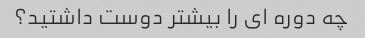
چه دوره ای را بیشتر دوست داشتید؟